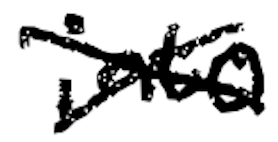
Text: into
Cross-out: cross
Writing tool: digital_black